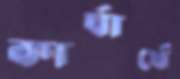
কার্যার্থে